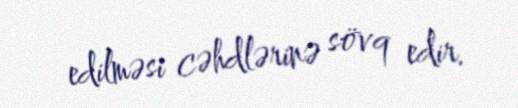
edilməsi cəhdlərinə sövq edir.